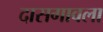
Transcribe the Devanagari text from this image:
दासगावला